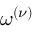
\omega ^ { ( \nu ) }